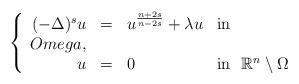
LaTeX: \begin{align*} \left\{\begin{array}{rcll}(- \Delta)^s u & = & u^{\frac{n+2s}{n-2s}} + \lambda u & \mathrm{in} \ \\Omega, \\u & = & 0 & \mathrm{in} \ \ \mathbb{R}^n \setminus \Omega\end{array}\right.\end{align*}